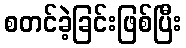
စတင်ခဲ့ခြင်းဖြစ်ပြီး